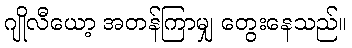
ဂျိုလီယော့ အတန်ကြာမျှ တွေးနေသည်။